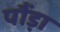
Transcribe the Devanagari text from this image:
पौंड़ा